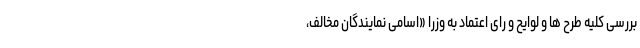
بررسی کلیه طرح ها و لوایح و رای اعتماد به وزرا «اسامی نمایندگان مخالف،